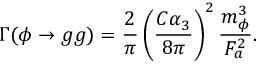
\Gamma ( \phi \rightarrow g g ) = \frac { 2 } { \pi } \left( \frac { C \alpha _ { 3 } } { 8 \pi } \right) ^ { 2 } \frac { m _ { \phi } ^ { 3 } } { F _ { a } ^ { 2 } } .